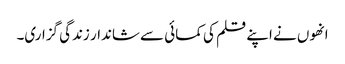
انھوں نے اپنے قلم کی کمائی سے شاندار زندگی گزاری۔